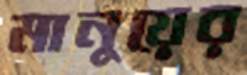
মানুয়ের